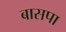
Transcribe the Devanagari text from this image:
बासपा